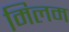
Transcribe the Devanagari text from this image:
मिलम